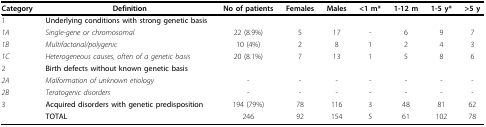
<table><thead><tr><td><b>Category</b></td><td><b>Definition</b></td><td><b>No of patients</b></td><td><b>Females</b></td><td><b>Males</b></td><td><b>&lt;1 m*</b></td><td><b>1-12 m</b></td><td><b>1-5 y*</b></td><td><b>&gt;5 y</b></td></tr></thead><tbody><tr><td>1</td><td><b>Underlying conditions with strong genetic basis</b></td><td></td><td></td><td></td><td></td><td></td><td></td><td></td></tr><tr><td><i>1A</i></td><td><i>Single-gene or chromosomal</i></td><td>22 (8.9%)</td><td>5</td><td>17</td><td>-</td><td>6</td><td>9</td><td>7</td></tr><tr><td><i>1B</i></td><td><i>Multifactorial/polygenic</i></td><td>10 (4%)</td><td>2</td><td>8</td><td>1</td><td>2</td><td>4</td><td>3</td></tr><tr><td><i>1C</i></td><td><i>Heterogeneous causes, often of a genetic basis</i></td><td>20 (8.1%)</td><td>7</td><td>13</td><td>1</td><td>5</td><td>8</td><td>6</td></tr><tr><td>2</td><td><b>Birth defects without known genetic basis</b></td><td></td><td></td><td></td><td></td><td></td><td></td><td></td></tr><tr><td><i>2A</i></td><td><i>Malformation of unknown etiology</i></td><td>-</td><td>-</td><td>-</td><td>-</td><td>-</td><td>-</td><td>-</td></tr><tr><td><i>2B</i></td><td><i>Teratogenic disorders</i></td><td>-</td><td>-</td><td>-</td><td>-</td><td>-</td><td>-</td><td>-</td></tr><tr><td>3</td><td><b>Acquired disorders with genetic predisposition</b></td><td>194 (79%)</td><td>78</td><td>116</td><td>3</td><td>48</td><td>81</td><td>62</td></tr><tr><td></td><td><b>TOTAL</b></td><td>246</td><td>92</td><td>154</td><td>5</td><td>61</td><td>102</td><td>78</td></tr></tbody></table>